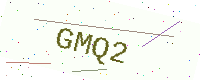
Text: GMQ2